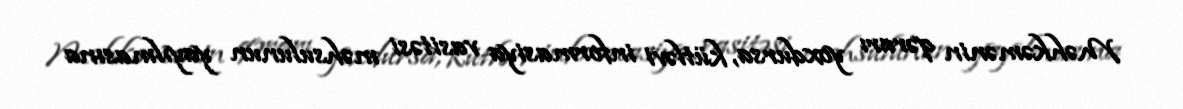
Məhkəmənin qərarı yoxdursa, kütləvi informasiya vasitəsi məhsulunun yayılmasına